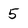
Character: 5